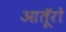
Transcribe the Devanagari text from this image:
आतूॅरो